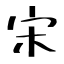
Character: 宋